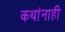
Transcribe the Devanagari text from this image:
कथांनाही